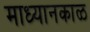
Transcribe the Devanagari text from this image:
माध्यानकाळ